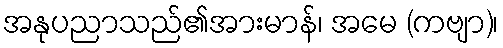
အနုပညာသည်၏အားမာန်၊ အမေ (ကဗျာ)၊